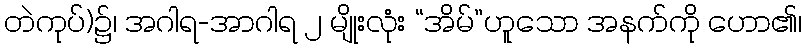
တဲကုပ်)၌၊ အဂါရ-အာဂါရ ၂ မျိုးလုံး “အိမ်”ဟူသော အနက်ကို ဟော၏၊